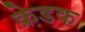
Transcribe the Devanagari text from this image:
क्रेडक